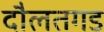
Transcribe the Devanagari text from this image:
दौलतगड